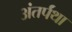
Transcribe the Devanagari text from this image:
अंतर्पंथा